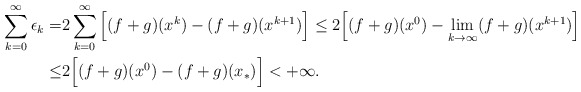
\begin{align*}\sum_{k=0}^\infty\epsilon_k=&2\sum_{k=0}^\infty\Big[(f+g)(x^k)-(f+g)(x^{k+1})\Big] \le2\Big[(f+g)(x^0)-\lim_{k\to\infty} (f+g)(x^{k+1})\Big]\\ \leq&2\Big[(f+g)(x^0)-(f+g)(x_*)\Big]< +\infty.\end{align*}